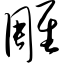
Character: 雕